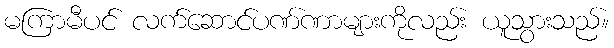
မကြာမီပင် လက်ဆောင်ပဏ်ဏာများကိုလည်း ယူသွားသည်။